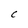
Character: C